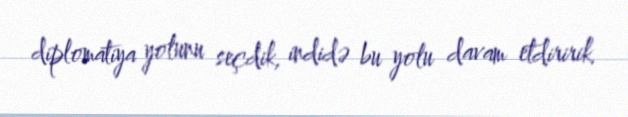
diplomatiya yolunu seçdik, indidə bu yolu davam etdiririk.